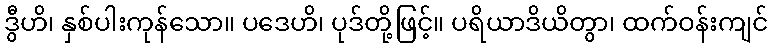
ဒွီဟိ၊ နှစ်ပါးကုန်သော။ ပဒေဟိ၊ ပုဒ်တို့ဖြင့်။ ပရိယာဒိယိတွာ၊ ထက်ဝန်းကျင်